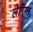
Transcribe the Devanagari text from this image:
लेगिंग्स